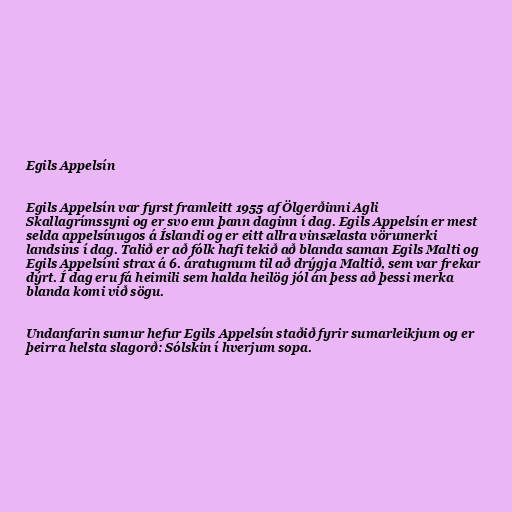
Egils Appelsín

Egils Appelsín var fyrst framleitt 1955 af Ölgerðinni Agli
Skallagrímssyni og er svo enn þann daginn í dag. Egils Appelsín er mest
selda appelsínugos á Íslandi og er eitt allra vinsælasta vörumerki
landsins í dag. Talið er að fólk hafi tekið að blanda saman Egils Malti og
Egils Appelsíni strax á 6. áratugnum til að drýgja Maltið, sem var frekar
dýrt. Í dag eru fá heimili sem halda heilög jól án þess að þessi merka
blanda komi við sögu.

Undanfarin sumur hefur Egils Appelsín staðið fyrir sumarleikjum og er
þeirra helsta slagorð: Sólskin í hverjum sopa.